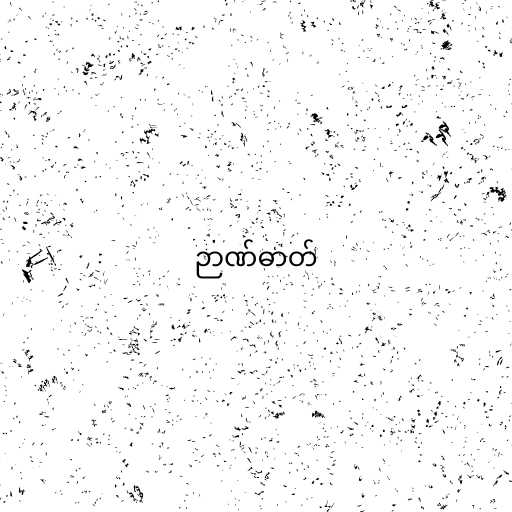
ဉာဏ်ဓာတ်